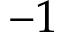
- 1